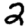
Digit: 2